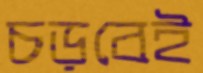
চড়বেই